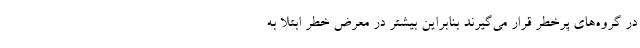
در گروه‌های پرخطر قرار می‌گیرند بنابراین بیشتر در معرض خطر ابتلا به